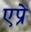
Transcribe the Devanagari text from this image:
एप्रे